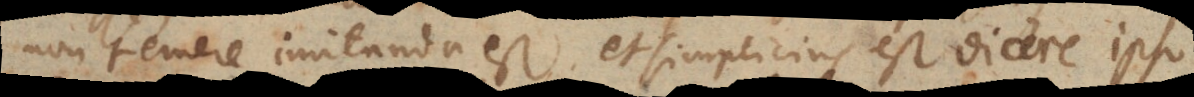
non temere imitanda est et simplicius est agnoscere